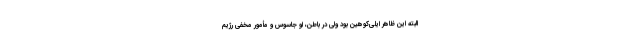
البته این ظاهر ایلی‌کوهین بود ولی در باطن، او جاسوس و مأمور مخفی رژیم